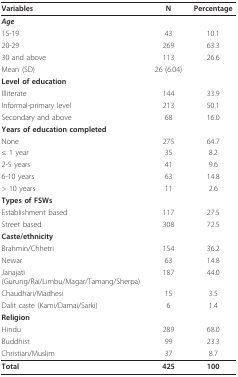
<table><thead><tr><td><b>Variables</b></td><td><b>N</b></td><td><b>Percentage</b></td></tr></thead><tbody><tr><td><b><i>Age</i></b></td><td></td><td></td></tr><tr><td>15-19</td><td>43</td><td>10.1</td></tr><tr><td>20-29</td><td>269</td><td>63.3</td></tr><tr><td>30 and above</td><td>113</td><td>26.6</td></tr><tr><td>Mean (SD)</td><td>26 (6.04)</td><td></td></tr><tr><td><b>Level of education</b></td><td></td><td></td></tr><tr><td>Illiterate</td><td>144</td><td>33.9</td></tr><tr><td>Informal-primary level</td><td>213</td><td>50.1</td></tr><tr><td>Secondary and above</td><td>68</td><td>16.0</td></tr><tr><td><b>Years of education completed</b></td><td></td><td></td></tr><tr><td>None</td><td>275</td><td>64.7</td></tr><tr><td>≤ 1 year</td><td>35</td><td>8.2</td></tr><tr><td>2-5 years</td><td>41</td><td>9.6</td></tr><tr><td>6-10 years</td><td>63</td><td>14.8</td></tr><tr><td>&gt; 10 years</td><td>11</td><td>2.6</td></tr><tr><td><b>Types of FSWs</b></td><td></td><td></td></tr><tr><td>Establishment based</td><td>117</td><td>27.5</td></tr><tr><td>Street based</td><td>308</td><td>72.5</td></tr><tr><td><b>Caste/ethnicity</b></td><td></td><td></td></tr><tr><td>Brahmin/Chhetri</td><td>154</td><td>36.2</td></tr><tr><td>Newar</td><td>63</td><td>14.8</td></tr><tr><td>Janajati(Gurung/Rai/Limbu/Magar/Tamang/Sherpa)</td><td>187</td><td>44.0</td></tr><tr><td>Chaudhari/Madhesi</td><td>15</td><td>3.5</td></tr><tr><td>Dalit caste (Kami/Damai/Sarki)</td><td>6</td><td>1.4</td></tr><tr><td><b>Religion</b></td><td></td><td></td></tr><tr><td>Hindu</td><td>289</td><td>68.0</td></tr><tr><td>Buddhist</td><td>99</td><td>23.3</td></tr><tr><td>Christian/Muslim</td><td>37</td><td>8.7</td></tr><tr><td><b>Total</b></td><td><b>425</b></td><td><b>100</b></td></tr></tbody></table>